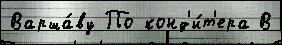
Варша́ву По конд'и́т'ера В